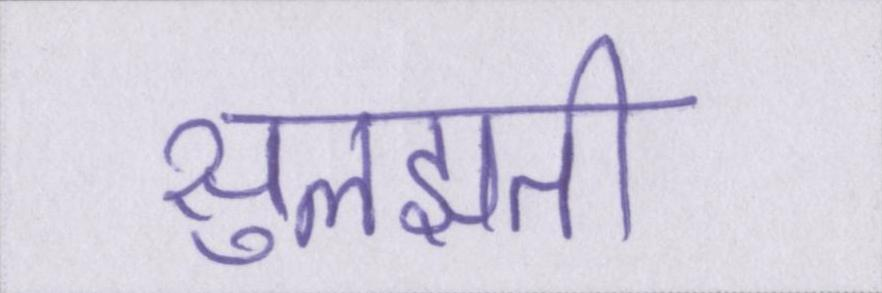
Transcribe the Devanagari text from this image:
सुलझती